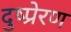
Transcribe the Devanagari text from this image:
दुष्प्रेरण